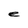
Character: e